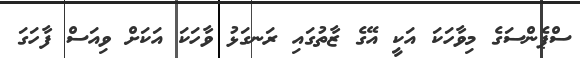
ސްޕެންސަގެ މިވާހަކަ އަކީ އޭގެ ޒާތުގައި ރަނގަޅު ވާހަކަ އަކަށް ވިއަސް ފާހަގަ